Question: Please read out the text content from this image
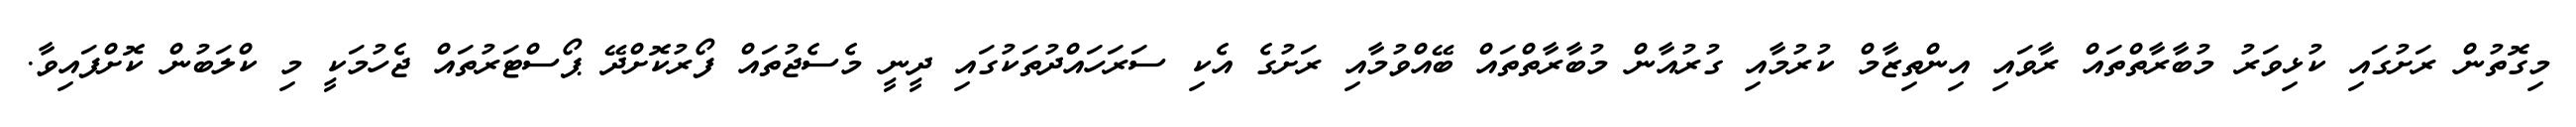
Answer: މިގޮތުން ރަށުގައި ކުޅިވަރު މުބާރާތްތައް ރާވައި އިންތިޒާމް ކުރުމާއި ގުރުއާން މުބާރާތްތައް ބޭއްވުމާއި ރަށުގެ އެކި ސަރަހައްދުތަކުގައި ދީނީ މެސެޖުތައް ފޯރުކޮށްދޭ ޕޯސްޓަރުތައް ޖެހުމަކީ މި ކްލަބުން ކޮށްފައިވާ.